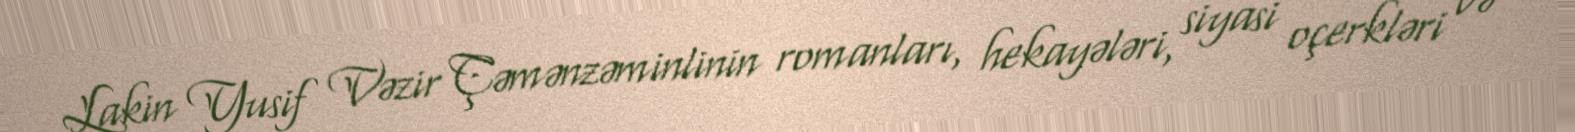
Lakin Yusif Vəzir Çəmənzəminlinin romanları, hekayələri, siyasi oçerkləri və